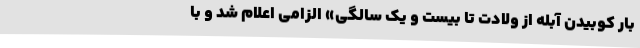
بار کوبیدن آبله از ولادت تا بیست و یک سالگی» الزامی اعلام شد و با